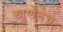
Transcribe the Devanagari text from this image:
खुणेनेच